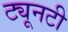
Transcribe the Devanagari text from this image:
ट्यूनटी